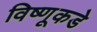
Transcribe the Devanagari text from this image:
विष्णूकडे